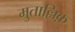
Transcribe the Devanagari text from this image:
मुताल्लिक़